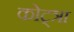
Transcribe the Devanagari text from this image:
कोट्त्रा